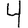
Digit: 4